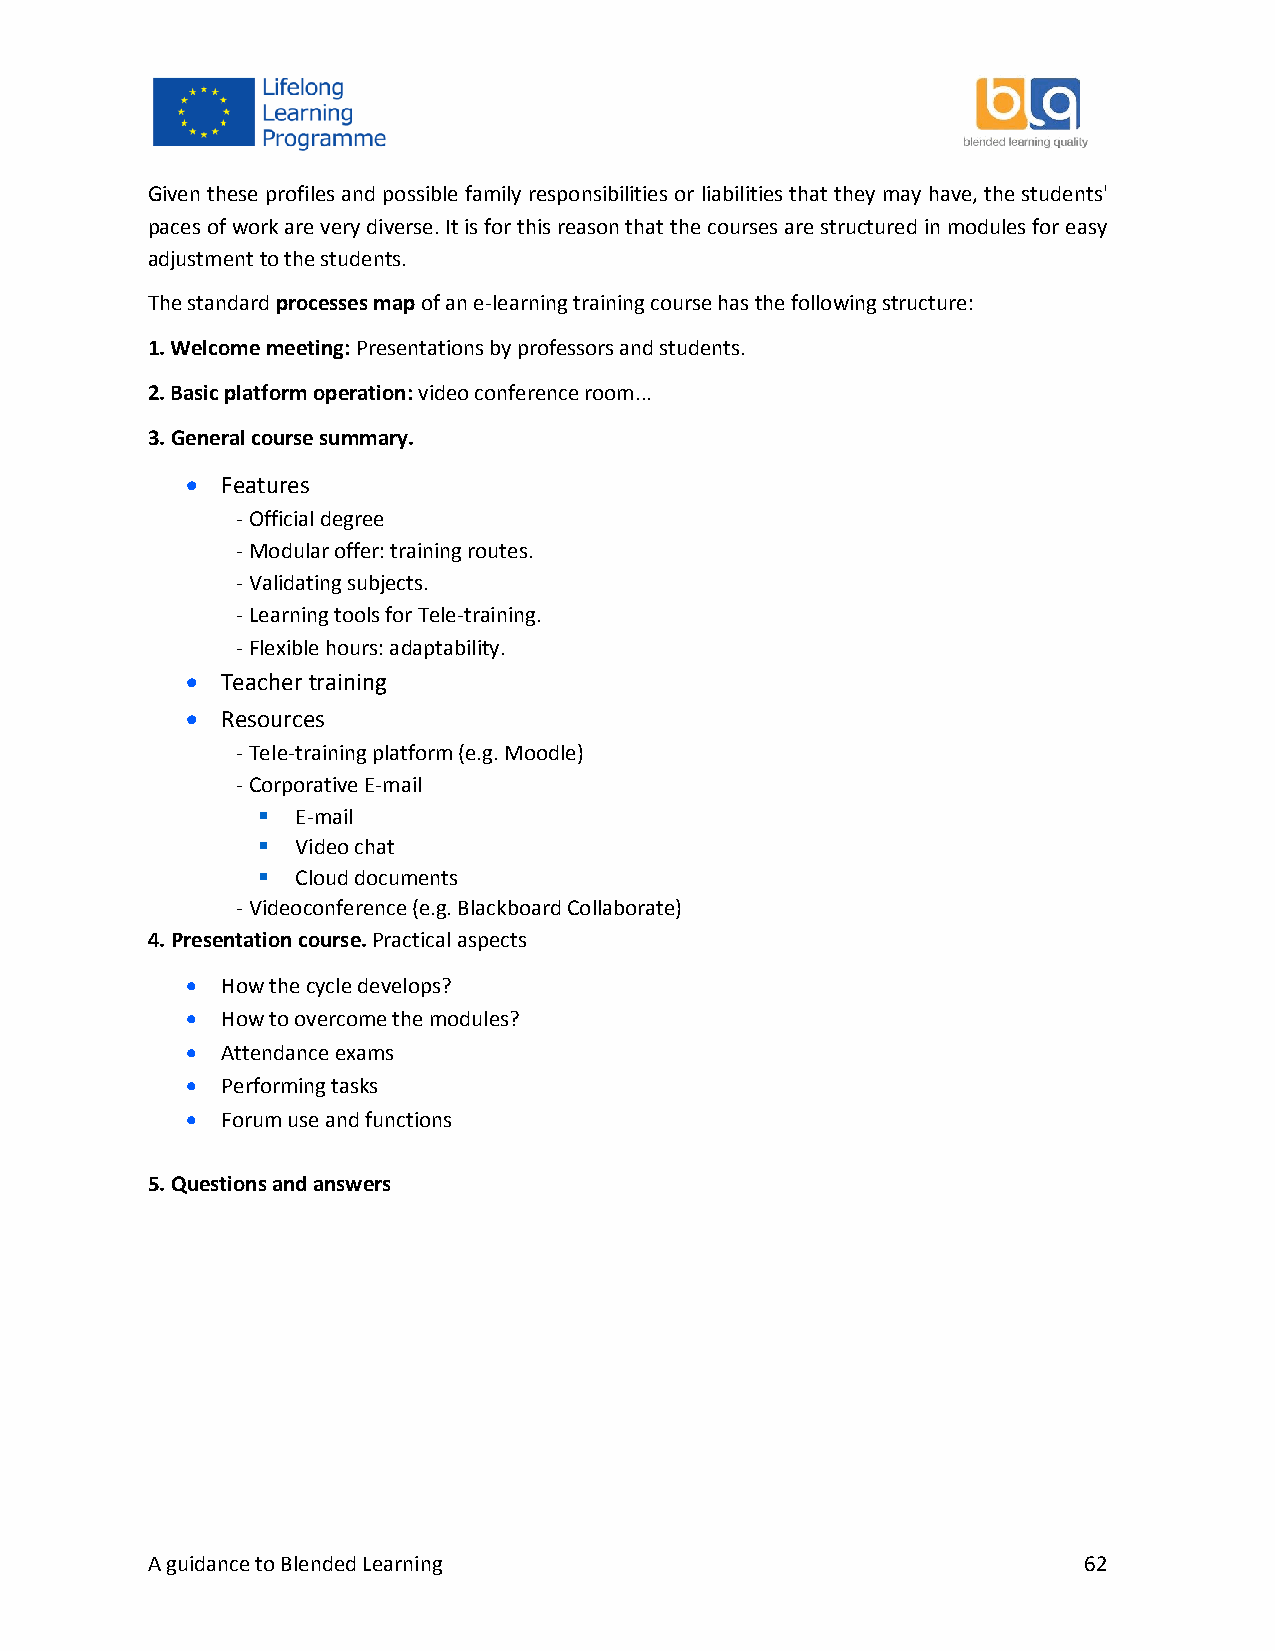
Given these profiles and possible family responsibilities or liabilities that they may have, the students'
 paces of work are very diverse. It is for this reason that the courses are structured in modules for easy
 adjustment to the students.
 The standard processes map of an e-learning training course has the following structure:
 1. Welcome meeting: Presentations by professors and students.
 2. Basic platform operation: video conference room...
 3. General course summary.
   Features
 - Official degree
 - Modular offer: training routes.
 - Validating subjects.
 - Learning tools for Tele-training.
 - Flexible hours: adaptability.
   Teacher training
   Resources
 - Tele-training platform (e.g. Moodle)
 - Corporative E-mail
   E-mail
   Video chat
   Cloud documents
 - Videoconference (e.g. Blackboard Collaborate)
 4. Presentation course. Practical aspects
   How the cycle develops?
   How to overcome the modules?
   Attendance exams
   Performing tasks
   Forum use and functions
 5. Questions and answers
 A guidance to Blended Learning                                62